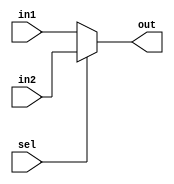
module mux2 #(parameter N=4)(in1,in2,out,sel);
input [N-1:0] in1,in2;
input sel;
output [N-1:0] out;
assign out = (sel == 0) ? in1 : in2;
endmodule

module halfAdder(x,y,sum,cout);
input x,y;
output sum,cout;
assign sum = x ^ y;
assign cout = x & y;
endmodule

module fullAdder(x,y,cin,sum,cout);
input x,y,cin;
output sum,cout;
wire halfSum,halfCarry1,halfCarry2;
halfAdder h1(x,y,halfSum,halfCarry1);
halfAdder h2(halfSum,cin,sum,halfCarry2);
assign cout = halfCarry2 | halfCarry1;
endmodule

module rippleAdder4(x,y,cin,sum,cout);
input [3:0] x,y;
input cin;
output [3:0] sum;
output cout;
wire [4:0] c1;
assign c1[0]=cin;
genvar i;
generate
for (i=0;i<4;i=i+1)
fullAdder f1(x[i],y[i],c1[i],sum[i],c1[i+1]);
endgenerate
assign cout = c1[4];
endmodule

module carrySelectAdder4bit (a,b,cin,sum,cout);
localparam N=1;
input [3:0]a,b;
input cin;
output [3:0] sum;
output cout;
wire [3:0] sum0,sum1;
wire cout0,cout1;
//carry 0 
rippleAdder4 r10(.x(a),.y(b),.cin(1'b0),.sum(sum0),.cout(cout0));
//carry 1
rippleAdder4 r11(.x(a),.y(b),.cin(1'b1),.sum(sum1),.cout(cout1));
//mux 
mux2 sum_sel(sum0,sum1,sum,cin);
mux2 #(N) carry_sel(cout0,cout1,cout,cin);
endmodule

module carrySelectAdder(a,b,cin,sum,cout);
input [31:0] a,b;
input cin;
output [31:0] sum;
output cout;
wire [7:0] halfCout;

rippleAdder4 r1 (.x(a[3:0]),.y(b[3:0]),.cin(cin),.sum(sum[3:0]),.cout(halfCout[0]));
genvar i;
generate
for(i=1;i<8;i=i+1)
carrySelectAdder4bit c1 (.a(a[(i*4+3):i*4]),.b(b[(i*4+3):i*4]),.cin(halfCout[i-1]),.sum(sum[(i*4+3):i*4]),.cout(halfCout[i]));
endgenerate
assign cout = halfCout[7]; 
endmodule